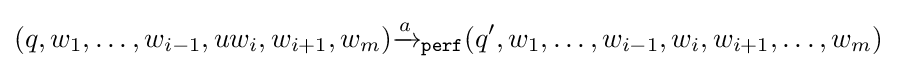
(q,w_{1},\dots ,w_{i-1},uw_{i},w_{i+1},w_{m}){\xrightarrow {a}}_{\mathtt {perf}}(q',w_{1},\dots ,w_{i-1},w_{i},w_{i+1},\dots ,w_{m})